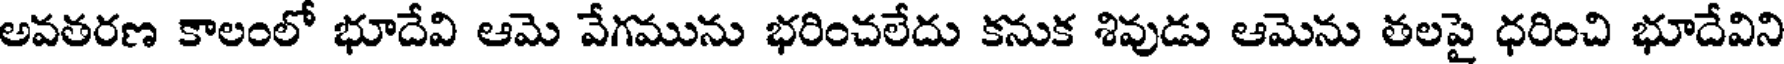
అవతరణ కాలంలో భూదేవి ఆమె వేగమును భరించలేదు కనుక శివుడు ఆమెను తలపై ధరించి భూదేవిని